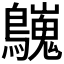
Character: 𪇋